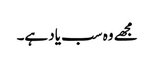
مجھے وہ سب یاد ہے۔